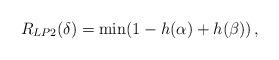
LaTeX: \begin{align*} R_{LP2}(\delta) &= \min (1 -h(\alpha) + h(\beta))\,, \end{align*}